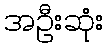
အဦးဆုံး